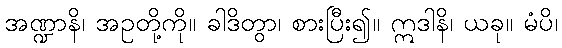
အဏ္ဍာနိ၊ အဥတို့ကို။ ခါဒိတွာ၊ စားပြီး၍။ ဣဒါနိ၊ ယခု။ မံပိ၊